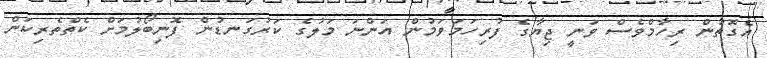
އެގޮތުން ރިހާމްވެސް ވަނީ ޖިޔާގެ ފުރިހަމަވަމުން އަންނަ މަލުގެ ކަރުގަނޑުން ފޮނިބޯލުމަށް ކެތްތެރިކަން